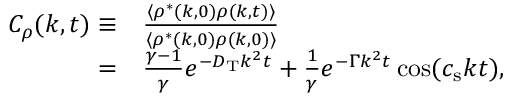
\begin{array} { r l } { C _ { \rho } ( k , t ) \equiv } & { \frac { \langle \rho ^ { \ast } ( k , 0 ) \rho ( k , t ) \rangle } { \langle \rho ^ { \ast } ( k , 0 ) \rho ( k , 0 ) \rangle } } \\ { = } & { \frac { \gamma - 1 } { \gamma } e ^ { - D _ { \mathrm { T } } k ^ { 2 } t } + \frac { 1 } { \gamma } e ^ { - \Gamma k ^ { 2 } t } \cos ( c _ { \mathrm { s } } k t ) , } \end{array}